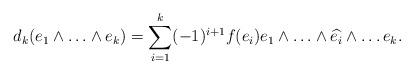
LaTeX: \begin{align*}d_k(e_1\wedge \ldots \wedge e_k)=\sum^{k}_{i=1} (-1)^{i+1} f(e_i) e_1 \wedge \ldots \wedge \widehat{e_i} \wedge \ldots e_k.\end{align*}